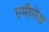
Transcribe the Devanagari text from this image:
एमीनेंस